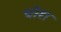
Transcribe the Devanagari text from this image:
घौश